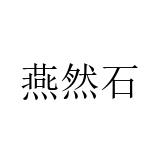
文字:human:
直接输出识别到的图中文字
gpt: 燕然石